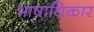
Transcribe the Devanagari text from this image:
भाषाधिकार